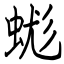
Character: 蛖